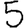
Digit: 5